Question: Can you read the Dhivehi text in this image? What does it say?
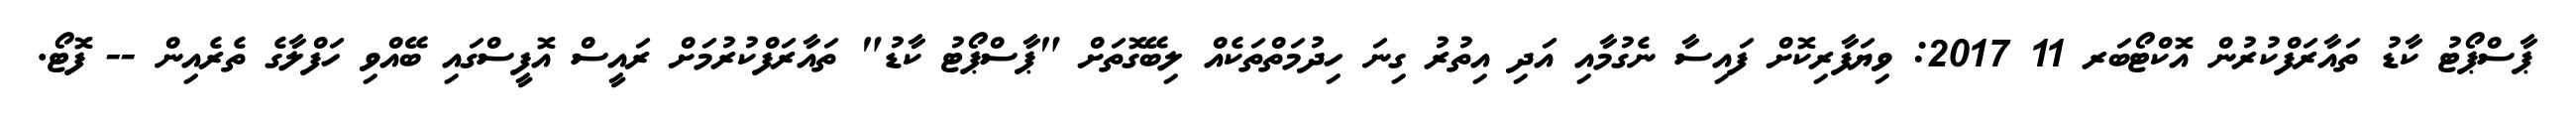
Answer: ޕާސްޕޯޓު ކާޑު ތައާރަފްކުރުން އޮކްޓޯބަރ 11 2017: ވިޔަފާރިކޮށް ފައިސާ ނެގުމާއި އަދި އިތުރު ގިނަ ހިދުމަތްތަކެއް ލިބޭގޮތަށް "ޕާސްޕޯޓު ކާޑު" ތައާރަފްކުރުމަށް ރައީސް އޮފީސްގައި ބޭއްވި ހަފްލާގެ ތެރެއިން -- ފޮޓޯ.